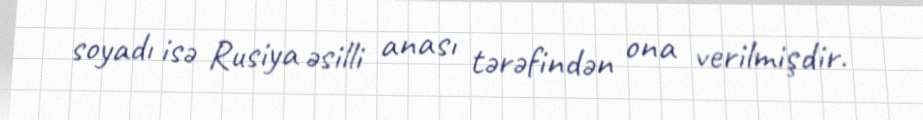
soyadı isə Rusiya əsilli anası tərəfindən ona verilmişdir.